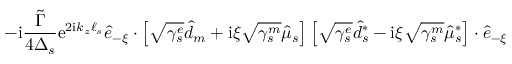
- \mathrm { i } \frac { \widetilde \Gamma } { 4 \Delta _ { s } } \mathrm { e } ^ { 2 \mathrm { i } k _ { z } \ell _ { s } } \hat { e } _ { - \xi } \cdot \left[ \sqrt { \gamma _ { s } ^ { e } } \hat { d } _ { m } + \mathrm { i } \xi \sqrt { \gamma _ { s } ^ { m } } \hat { \mu } _ { s } \right] \left[ \sqrt { \gamma _ { s } ^ { e } } \hat { d } _ { s } ^ { * } - \mathrm { i } \xi \sqrt { \gamma _ { s } ^ { m } } \hat { \mu } _ { s } ^ { * } \right] \cdot \hat { e } _ { - \xi }